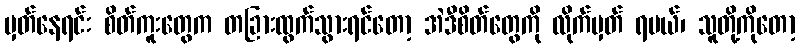
မှတ်နေရင်း စိတ်ကူးတွေက တခြားထွက်သွားရင်တော့ အဲဒီစိတ်တွေကို လိုက်မှတ် ရမယ်၊ သူတို့ကိုတော့